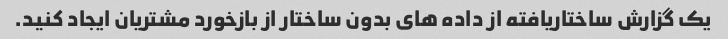
یک گزارش ساختاریافته از داده های بدون ساختار از بازخورد مشتریان ایجاد کنید.